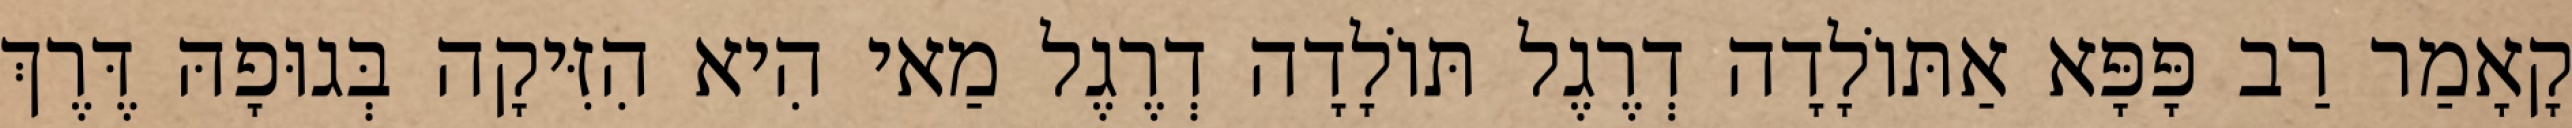
קָאָמַר רַב פָּפָּא אַתּוֹלָדָה דְרֶגֶל תּוֹלָדָה דְרֶגֶל מַאי הִיא הִזִּיקָה בְּגוּפָהּ דֶּרֶךְ